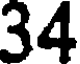
34